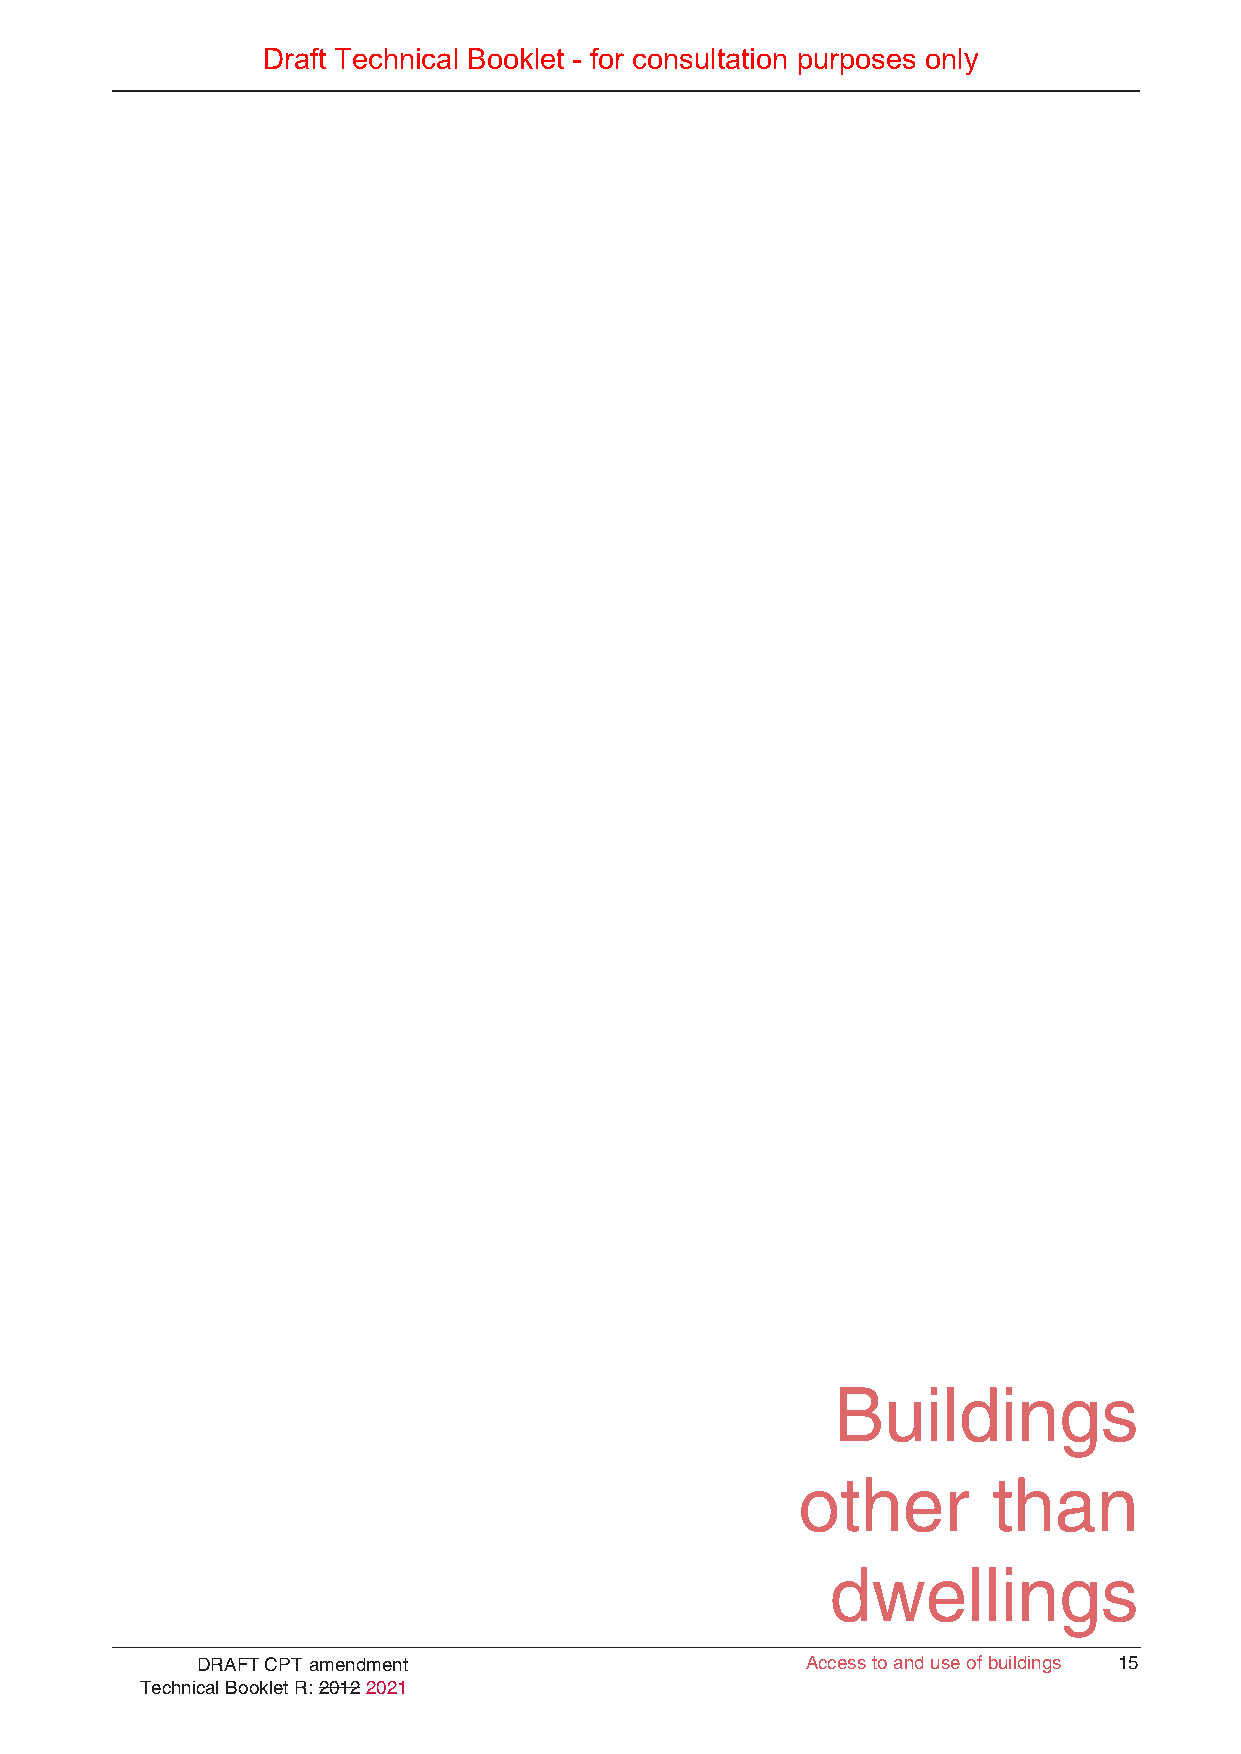
Draft Technical Booklet - for consultation purposes only
 Buildings
 other        than
 dwellings
 DRAFT CPT amendment                     AAcccceessss ttoo aanndd uussee ooff bbuuiillddiinnggss 1155
 Technical Booklet R: 2012 2021